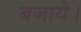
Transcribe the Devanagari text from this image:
बजाये।